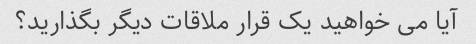
آیا می خواهید یک قرار ملاقات دیگر بگذارید؟